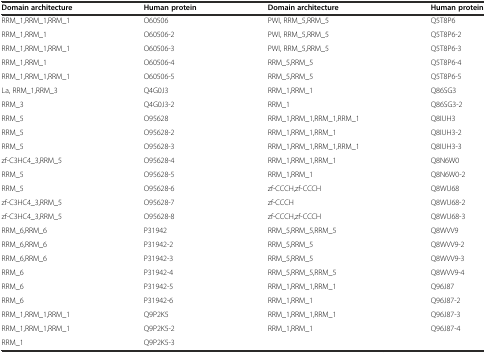
<table><thead><tr><td><b>Domain architecture</b></td><td><b>Human protein</b></td><td><b>Domain architecture</b></td><td><b>Human protein</b></td></tr></thead><tbody><tr><td>RRM_1,RRM_1,RRM_1</td><td>O60506</td><td>PWI, RRM_5,RRM_5</td><td>Q5T8P6</td></tr><tr><td>RRM_1,RRM_1</td><td>O60506-2</td><td>PWI, RRM_5,RRM_5</td><td>Q5T8P6-2</td></tr><tr><td>RRM_1,RRM_1,RRM_1</td><td>O60506-3</td><td>PWI, RRM_5,RRM_5</td><td>Q5T8P6-3</td></tr><tr><td>RRM_1,RRM_1</td><td>O60506-4</td><td>RRM_5,RRM_5</td><td>Q5T8P6-4</td></tr><tr><td>RRM_1,RRM_1,RRM_1</td><td>O60506-5</td><td>RRM_5,RRM_5</td><td>Q5T8P6-5</td></tr><tr><td>La, RRM_1,RRM_3</td><td>Q4G0J3</td><td>RRM_1,RRM_1</td><td>Q86SG3</td></tr><tr><td>RRM_3</td><td>Q4G0J3-2</td><td>RRM_1</td><td>Q86SG3-2</td></tr><tr><td>RRM_5</td><td>O95628</td><td>RRM_1,RRM_1,RRM_1,RRM_1</td><td>Q8IUH3</td></tr><tr><td>RRM_5</td><td>O95628-2</td><td>RRM_1,RRM_1,RRM_1</td><td>Q8IUH3-2</td></tr><tr><td>RRM_5</td><td>O95628-3</td><td>RRM_1,RRM_1,RRM_1,RRM_1</td><td>Q8IUH3-3</td></tr><tr><td>zf-C3HC4_3,RRM_5</td><td>O95628-4</td><td>RRM_1,RRM_1,RRM_1</td><td>Q8N6W0</td></tr><tr><td>RRM_5</td><td>O95628-5</td><td>RRM_1,RRM_1</td><td>Q8N6W0-2</td></tr><tr><td>RRM_5</td><td>O95628-6</td><td>zf-CCCH,zf-CCCH</td><td>Q8WU68</td></tr><tr><td>zf-C3HC4_3,RRM_5</td><td>O95628-7</td><td>zf-CCCH</td><td>Q8WU68-2</td></tr><tr><td>zf-C3HC4_3,RRM_5</td><td>O95628-8</td><td>zf-CCCH,zf-CCCH</td><td>Q8WU68-3</td></tr><tr><td>RRM_6,RRM_6</td><td>P31942</td><td>RRM_5,RRM_5,RRM_5</td><td>Q8WVV9</td></tr><tr><td>RRM_6,RRM_6</td><td>P31942-2</td><td>RRM_5,RRM_5</td><td>Q8WVV9-2</td></tr><tr><td>RRM_6,RRM_6</td><td>P31942-3</td><td>RRM_5,RRM_5</td><td>Q8WVV9-3</td></tr><tr><td>RRM_6</td><td>P31942-4</td><td>RRM_5,RRM_5,RRM_5</td><td>Q8WVV9-4</td></tr><tr><td>RRM_6</td><td>P31942-5</td><td>RRM_1,RRM_1,RRM_1</td><td>Q96J87</td></tr><tr><td>RRM_6</td><td>P31942-6</td><td>RRM_1,RRM_1</td><td>Q96J87-2</td></tr><tr><td>RRM_1,RRM_1,RRM_1</td><td>Q9P2K5</td><td>RRM_1,RRM_1,RRM_1</td><td>Q96J87-3</td></tr><tr><td>RRM_1,RRM_1,RRM_1</td><td>Q9P2K5-2</td><td>RRM_1,RRM_1</td><td>Q96J87-4</td></tr><tr><td>RRM_1</td><td>Q9P2K5-3</td><td></td><td></td></tr></tbody></table>